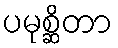
ပမုစ္ဆိတာ